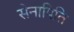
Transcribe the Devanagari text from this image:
सेनापिति